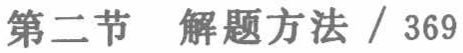
第二节 解题方法 / 369